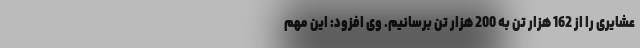
عشایری را از 162 هزار تن به 200 هزار تن برسانیم. وی افزود: این مهم